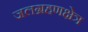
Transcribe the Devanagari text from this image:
जलग्रहणक्षेत्र